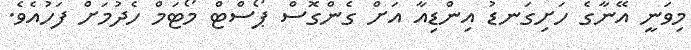
މިވަނީ އޭނާގެ ހަށިގަނޑު އިންޑިއާ އަށް ގެންގޮސް ޕޯސްޓް މޯޓަމް ހެދުމަށް ފަހުއެވެ.